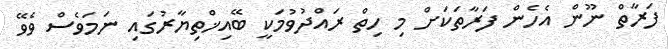
ފަރާތް ނޫން އެހެން ފަރާތަކަށް މި ހިތް ރައްދުވުމަކީ ބޭއިޚްތިޔާރުގައި ނަމަވެސް ވެވޭ